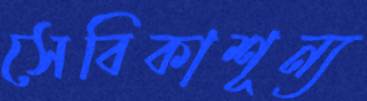
সেবিকাশূন্য